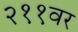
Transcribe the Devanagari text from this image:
२११वर